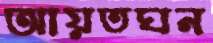
আয়তঘন